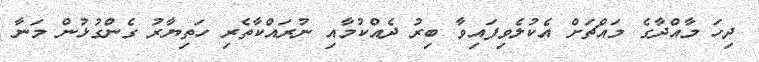
ދިހަ މާއްދާގެ މައްޗަށް އެކުލެވިފައިވާ ބިރު ދެއްކުމާއި ނުރައްކާތެރި ހަތިޔާރު ގެންގުޅުން މަނާ